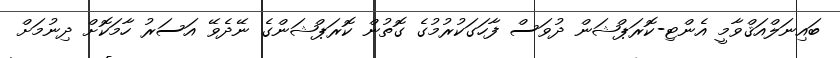
ބައިނަލްއަޤްވާމީ އެންޓި-ކޮރަޕްޝަން ދުވަސް ފާހަގަކުރުމުގެ ގޮތުން ކޮރަޕްޝަންގެ ނޭދެވޭ އަސަރު ހާމަކޮށް ދިނުމަށް